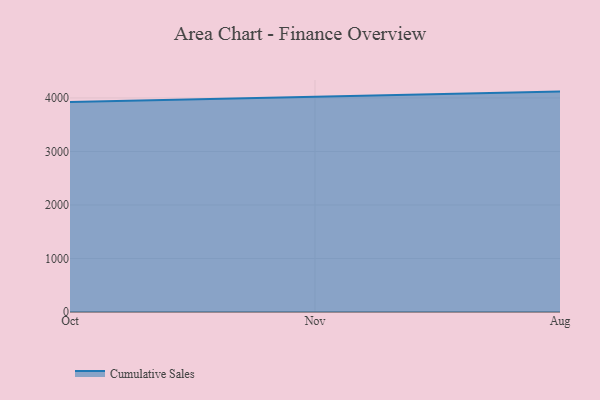
{"axis": {"x": "Month", "y": "Operating Costs (USD K)"}, "legend": ["Cumulative Sales"], "data": [{"x": "Oct", "y": 3925.5, "type": "Cumulative Sales"}, {"x": "Nov", "y": 4021.9, "type": "Cumulative Sales"}, {"x": "Aug", "y": 4118.9, "type": "Cumulative Sales"}]}